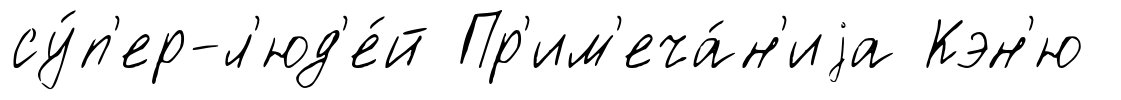
су́п'ер-л'юд'е́й Пр'им'еча́н'иjа Кэн'ю